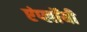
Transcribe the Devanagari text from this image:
एंप्लॉयी